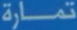
تمارة